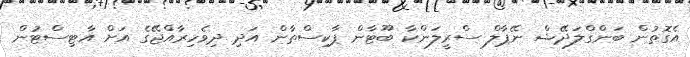
އެގޮތުން ބަންގްލަދޭޝް ނޭޕާލް ސްރީލަންކާ ބޫޓާން ޕާކިސްތާން އަދި ދިވެހިރާއްޖޭގެ އަށް އާޓިސްޓުން